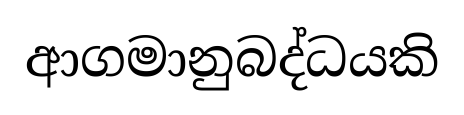
ආගමානුබද්ධයකි